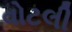
વોટલી